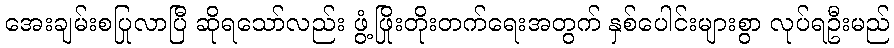
အေးချမ်းစပြုလာပြီ ဆိုရသော်လည်း ဖွံ့ဖြိုးတိုးတက်ရေးအတွက် နှစ်ပေါင်းများစွာ လုပ်ရဦးမည်